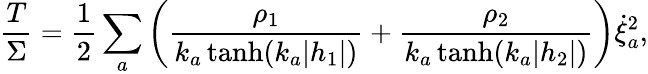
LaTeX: \frac{T}{\Sigma}=\frac{1}{2}\sum_{a}\left(\frac{\rho_{1}}{k_{a}\operatorname{tanh}(k_{a}|h_{1}|)}+\frac{\rho_{2}}{k_{a}\operatorname{tanh}(k_{a}|h_{2}|)}\right)\dot{\xi}_{a}^{2},